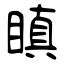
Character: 瞋